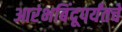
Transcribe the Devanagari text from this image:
आरंभबिंदूपर्यंतचे